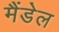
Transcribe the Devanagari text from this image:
मैंडेल